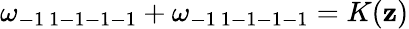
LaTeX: \omega_{-1\ 1-1-1-1}+\omega_{-1\ 1-1-1-1}=K(\mathbf{z})